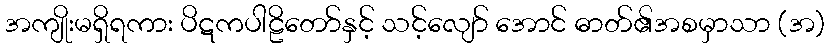
အကျိုးမရှိရကား ပိဋကပါဠိတော်နှင့် သင့်လျော် အောင် ဓာတ်၏အစမှာသာ (အ)